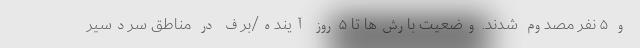
و ۵ نفر مصدوم شدند. وضعیت بارش‌ها تا ۵ روز آینده/برف در مناطق سردسیر